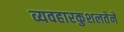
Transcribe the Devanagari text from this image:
व्यवहारकुशलतेने